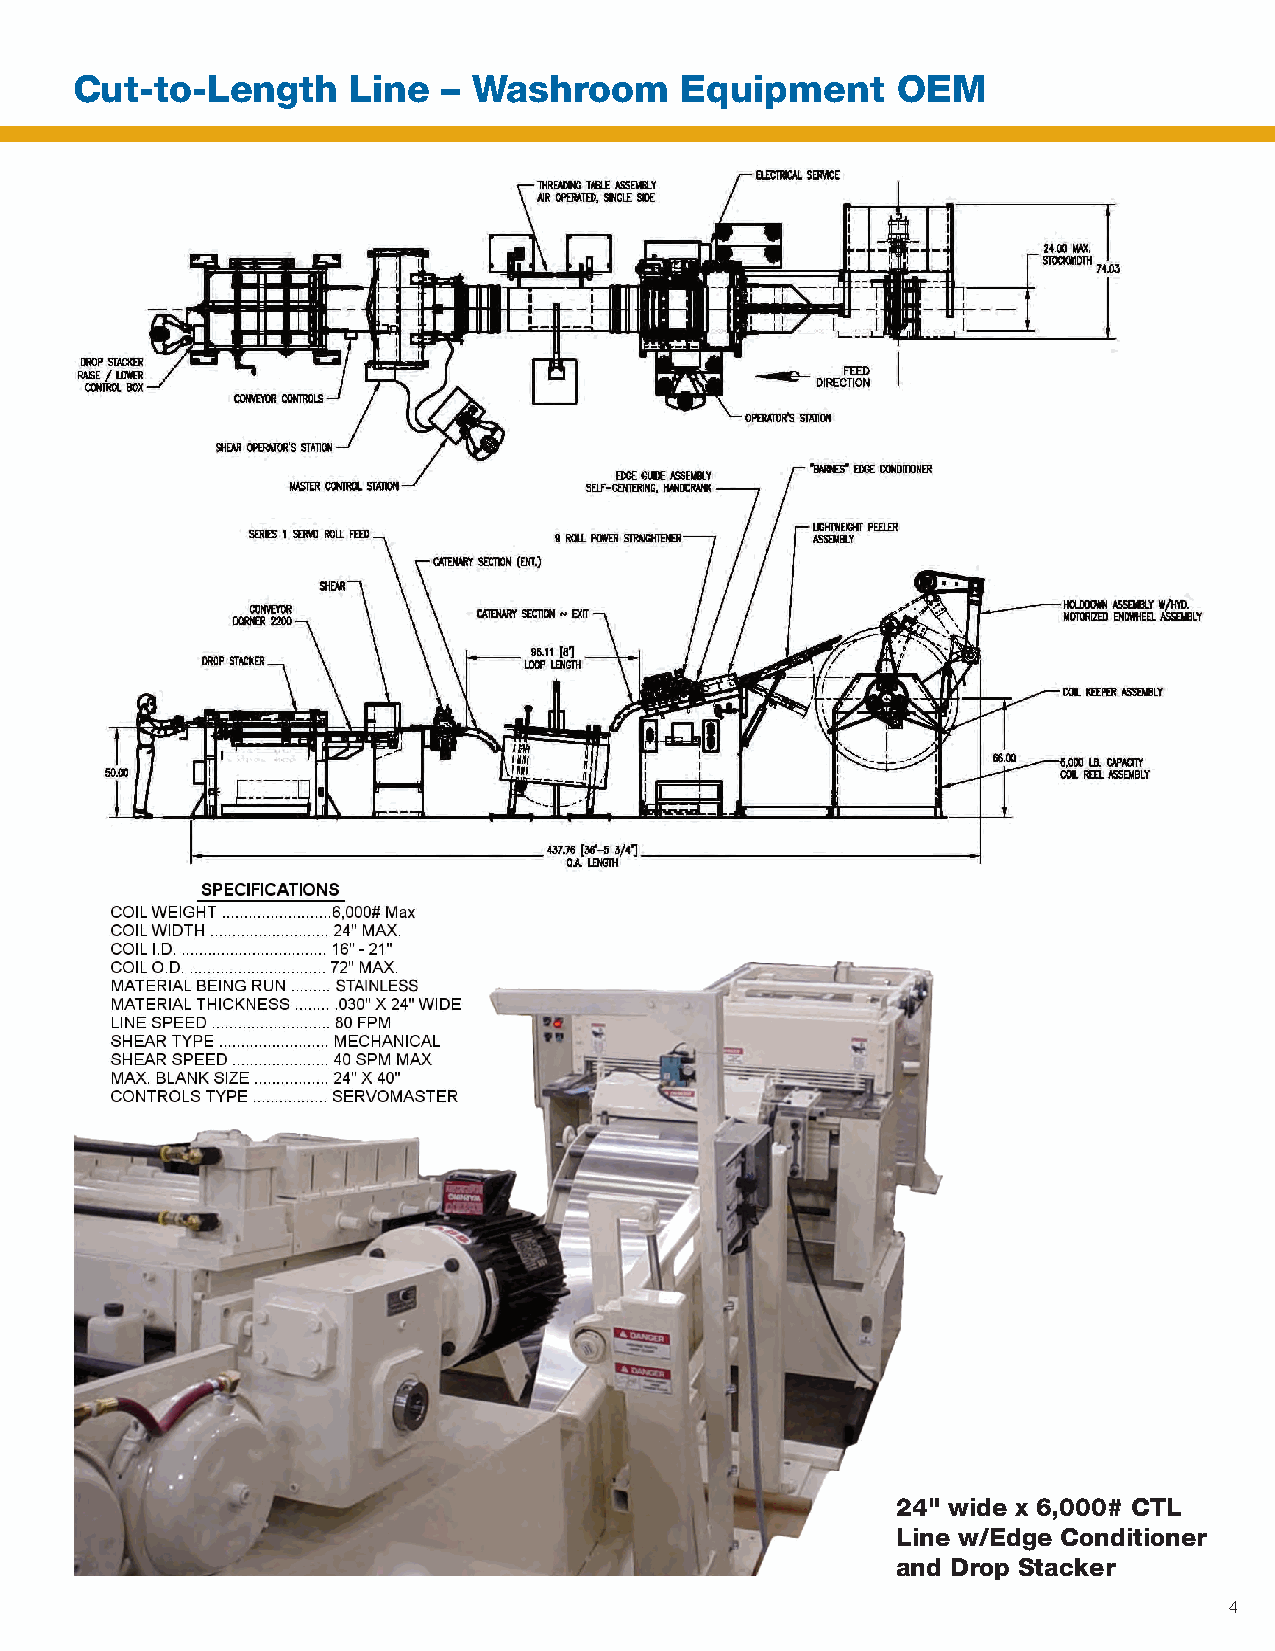
Cut-to-Length     Line  – Washroom      Equipment     OEM
 24" wide x 6,000# CTL
 Line w/Edge Conditioner
 and Drop Stacker
 4